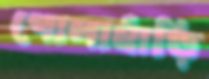
গোলাহাঁড়ি